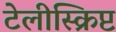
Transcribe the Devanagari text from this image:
टेलीस्क्रिप्ट